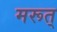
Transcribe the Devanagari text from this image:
मरूत्